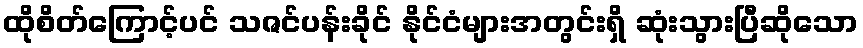
ထိုစိတ်ကြောင့်ပင် သဇင်ပန်းခိုင် နိုင်ငံများအတွင်းရှိ ဆုံးသွားပြီဆိုသော